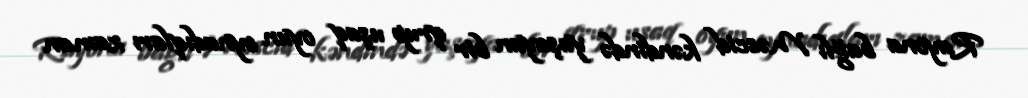
Rayona bağlı Məscid kəndində yaşayan bir qrup uşaq oyun oynadıqları zaman